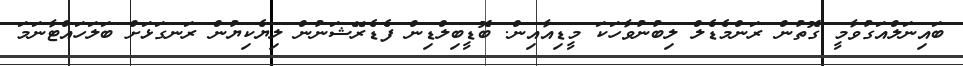
ބައިނަލްއަގުވާމީ ގޮތުން ރަންމެޑެލް ލިބުނުވާހަކަ މީޑިއާއިން. ބޮޑީބިލްޑިން ފެޑެރޭޝަނުން ލިޔެކިޔުން ރަނގަޅަށް ބަލަހައްޓާނަމަ